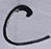
Text: C